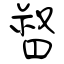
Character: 督